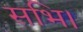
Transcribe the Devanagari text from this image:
सभि।